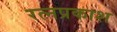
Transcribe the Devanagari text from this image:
रत्नप्रकाश